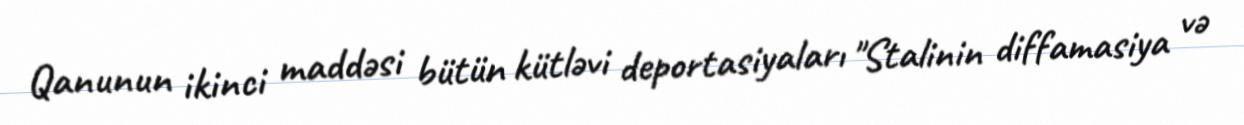
Qanunun ikinci maddəsi bütün kütləvi deportasiyaları "Stalinin diffamasiya və